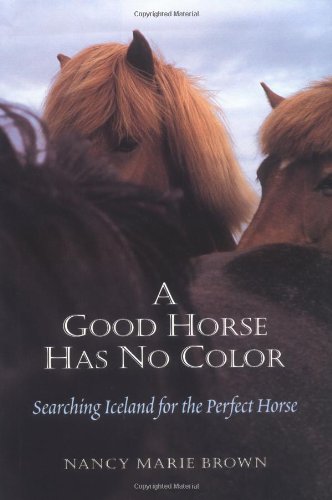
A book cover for A Good Horse Has No Color; Nancy Marie Brown; Travel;